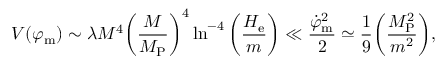
V ( \varphi _ { \mathrm { m } } ) \sim \lambda M ^ { 4 } \biggl ( \frac { M } { M _ { \mathrm { P } } } \biggr ) ^ { 4 } \ln ^ { - 4 } { \biggl ( \frac { H _ { \mathrm { e } } } { m } \biggr ) } \ll \frac { \dot { \varphi } _ { \mathrm { m } } ^ { 2 } } { 2 } \simeq \frac { 1 } { 9 } \biggl ( \frac { M _ { \mathrm { P } } ^ { 2 } } { m ^ { 2 } } \biggr ) ,